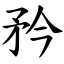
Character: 矜